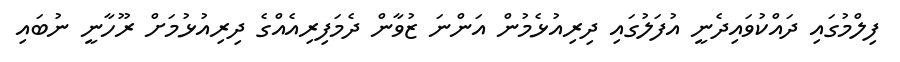
ފިލްމުގައި ދައްކުވައިދެނީ އުފަލުގައި ދިރިއުޅެމުން އަންނަ ޒުވާން ދެމަފިރިއެއްގެ ދިރިއުޅުމަށް ރޫހާނީ ނުބައި